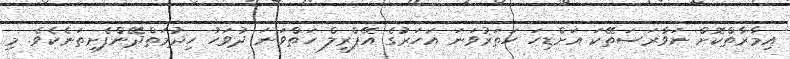
އިމާރާތްކޮށް ނަވާރަސަތޭކަ އަށްޑިހަ ހަތަރުވަނަ އަހަރުގެ އޭޕްރީލް ހަތްވަނަ ދުވަހު ހިދުމަތްދޭންފެށިތަނެކެވެ. މި